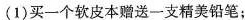
(1)买一个软皮本赠送一支精美铅笔；